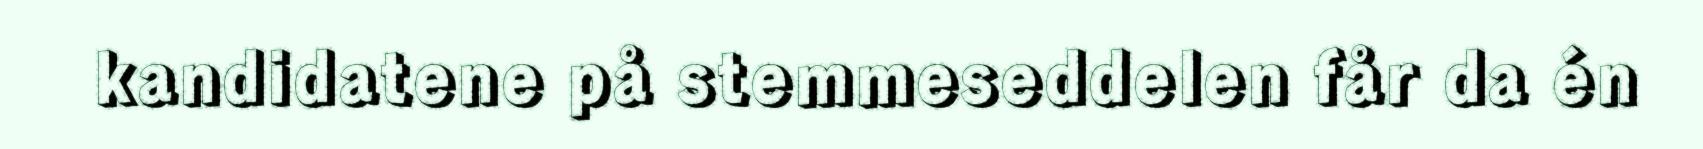
kandidatene på stemmeseddelen får da én